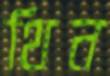
থিন